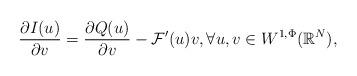
LaTeX: \begin{align*} \frac{\partial I(u)}{\partial v}=\frac{\partial Q(u)}{\partial v}-\mathcal{F}'(u)v, \forall u,v \in W^{1,\Phi}(\mathbb{R}^N),\end{align*}